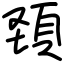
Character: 頚